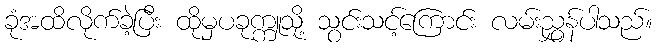
ခုံအထိလိုက်ခဲ့ပြီး ထိုမှပခုက္ကူသို့ သွင်းသင့်ကြောင်း လမ်းညွှန်ပါသည်။